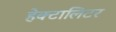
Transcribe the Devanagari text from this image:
हेक्टालिटर